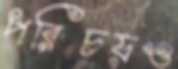
পরিচয়ও